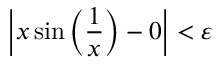
\left| x \sin \left( { \frac { 1 } { x } } \right) - 0 \right| < \varepsilon